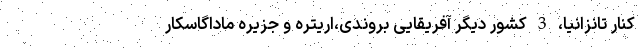
کنار تانزانیا، 3 کشور دیگر آفریقایی بروندی،اریتره و جزیره ماداگاسکار